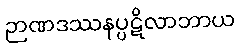
ဉာဏဒဿနပ္ပဋိလာဘာယ